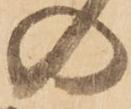
の